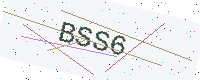
Text: BSS6